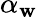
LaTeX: \alpha_{\mathbf{w}}